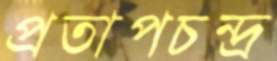
প্রতাপচন্দ্র